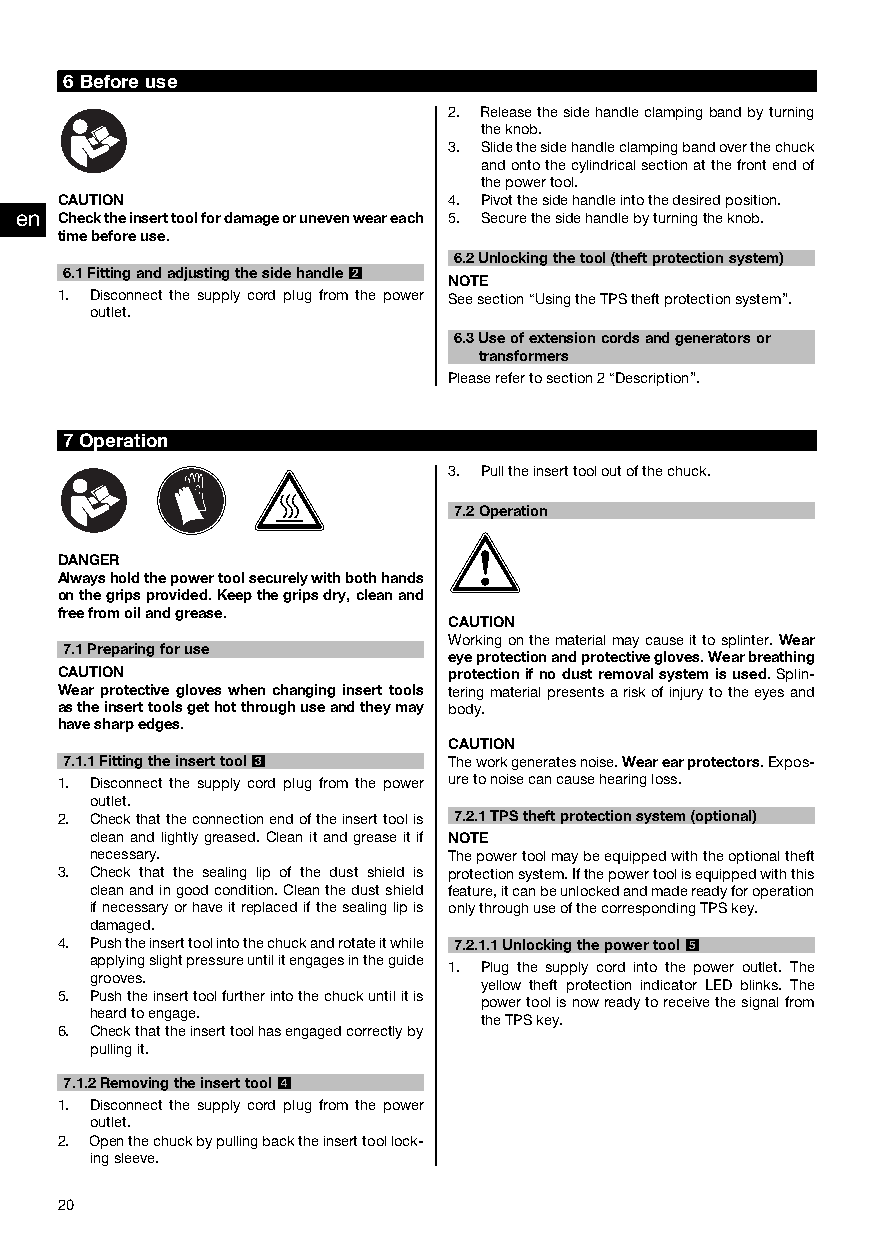
6Beforeuse
 2. Releasethesidehandleclampingbandbyturning
 theknob.
 3. Slidethesidehandleclampingbandoverthechuck
 andontothecylindricalsectionatthefrontendof
 thepowertool.
 CAUTION                   4. Pivotthesidehandleintothedesiredposition.
 en Checktheinserttoolfordamageorunevenweareach 5. Securethesidehandlebyturningtheknob.
 timebeforeuse.
 6.2Unlockingthetool(theftprotectionsystem)
 2
 6.1Fittingandadjustingthesidehandle
 NOTE
 1. Disconnect the supply cord plug from the power Seesection“UsingtheTPStheftprotectionsystem”.
 outlet.
 6.3Useofextensioncordsandgeneratorsor
 transformers
 Pleaserefertosection2“Description”.
 7Operation
 3. Pulltheinserttooloutofthechuck.
 7.2Operation
 DANGER
 Alwaysholdthepowertoolsecurelywithbothhands
 onthegripsprovided.Keepthegripsdry,cleanand
 freefromoilandgrease.
 CAUTION
 Workingonthematerialmaycauseittosplinter.Wear
 7.1Preparingforuse
 eyeprotectionandprotectivegloves.Wearbreathing
 CAUTION                   protectionifnodustremovalsystemisused.Splin-
 Wear protective gloves when changing insert tools teringmaterialpresentsariskofinjurytotheeyesand
 astheinserttoolsgethotthroughuseandtheymay body.
 havesharpedges.
 CAUTION
 3
 7.1.1Fittingtheinserttool Theworkgeneratesnoise.Wearearprotectors.Expos-
 1. Disconnect the supply cord plug from the power uretonoisecancausehearingloss.
 outlet.
 2. Checkthattheconnectionendoftheinserttoolis 7.2.1TPStheftprotectionsystem(optional)
 cleanandlightlygreased.Cleanitandgreaseitif NOTE
 necessary.              Thepowertoolmaybeequippedwiththeoptionaltheft
 3. Check that the sealing lip of the dust shield is protectionsystem.Ifthepowertoolisequippedwiththis
 cleanandingoodcondition.Cleanthedustshield feature,itcanbeunlockedandmadereadyforoperation
 ifnecessaryorhaveitreplacedifthesealinglipis onlythroughuseofthecorrespondingTPSkey.
 damaged.
 4. Pushtheinserttoolintothechuckandrotateitwhile 7.2.1.1Unlockingthepowertool5
 applyingslightpressureuntilitengagesintheguide
 1. Plug the supply cord into the power outlet. The
 grooves.
 yellow theft protection indicator LED blinks. The
 5. Pushtheinserttoolfurtherintothechuckuntilitis
 powertoolisnowreadytoreceivethesignalfrom
 heardtoengage.
 theTPSkey.
 6. Checkthattheinserttoolhasengagedcorrectlyby
 pullingit.
 4
 7.1.2Removingtheinserttool
 1. Disconnect the supply cord plug from the power
 outlet.
 2. Openthechuckbypullingbacktheinserttoollock-
 ingsleeve.
 20
 Printed: 16.05.2014 | Doc-Nr: PUB / 5142390 / 000 / 01